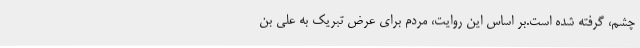
چشم، گرفته شده است.بر اساس این روایت، مردم برای عرض تبریک به علی بن